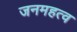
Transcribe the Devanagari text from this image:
जनमहत्व